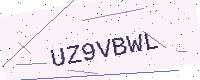
Text: UZ9VBWL